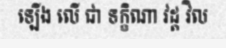
ឡើង លើ ជា ទក្ខិណា វដ្ត វិល